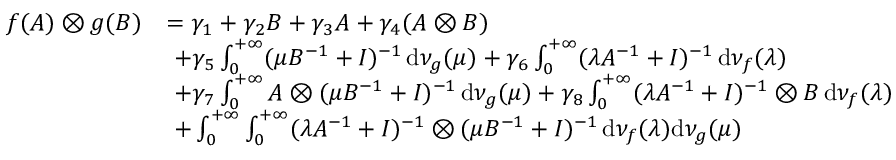
\begin{array} { r l } { f ( A ) \otimes g ( B ) } & { = \gamma _ { 1 } + \gamma _ { 2 } B + \gamma _ { 3 } A + \gamma _ { 4 } ( A \otimes B ) } \\ & { \, \, + \gamma _ { 5 } \int _ { 0 } ^ { + \infty } ( \mu B ^ { - 1 } + I ) ^ { - 1 } \, \mathrm { d } \nu _ { g } ( \mu ) + \gamma _ { 6 } \int _ { 0 } ^ { + \infty } ( \lambda A ^ { - 1 } + I ) ^ { - 1 } \, \mathrm { d } \nu _ { f } ( \lambda ) } \\ & { \, \, + \gamma _ { 7 } \int _ { 0 } ^ { + \infty } A \otimes ( \mu B ^ { - 1 } + I ) ^ { - 1 } \, \mathrm { d } \nu _ { g } ( \mu ) + \gamma _ { 8 } \int _ { 0 } ^ { + \infty } ( \lambda A ^ { - 1 } + I ) ^ { - 1 } \otimes B \, \mathrm { d } \nu _ { f } ( \lambda ) } \\ & { \, \, + \int _ { 0 } ^ { + \infty } \int _ { 0 } ^ { + \infty } ( \lambda A ^ { - 1 } + I ) ^ { - 1 } \otimes ( \mu B ^ { - 1 } + I ) ^ { - 1 } \, \mathrm { d } \nu _ { f } ( \lambda ) \mathrm { d } \nu _ { g } ( \mu ) } \end{array}